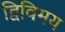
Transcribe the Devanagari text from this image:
द्विविमय